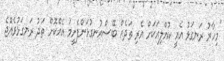
"މިހާރު ރަނގަޅު އެއީ ކުއްލިއަކަށް އެރި ތަދެއް ބޭސްއުނގުޅަންފެށީމަ އެއްކޮށް ތަދު ރަނގަޅުވެއްޖެ